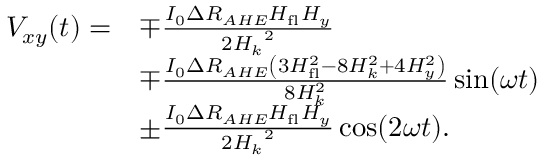
\begin{array} { r l } { V _ { x y } ( t ) = } & { \mp \frac { I _ { 0 } \Delta R _ { A H E } H _ { \mathrm { f l } } H _ { y } } { 2 { H _ { k } } ^ { 2 } } } \\ & { \mp \frac { I _ { 0 } \Delta R _ { A H E } \left( 3 H _ { \mathrm { f l } } ^ { 2 } - 8 H _ { k } ^ { 2 } + 4 H _ { y } ^ { 2 } \right) } { 8 H _ { k } ^ { 2 } } \sin ( \omega t ) } \\ & { \pm \frac { I _ { 0 } \Delta R _ { A H E } H _ { \mathrm { f l } } H _ { y } } { 2 { H _ { k } } ^ { 2 } } \cos ( 2 \omega t ) . } \end{array}